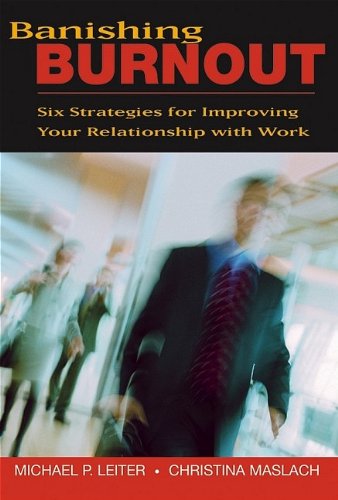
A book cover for Banishing Burnout: Six Strategies for Improving Your Relationship with Work; Michael P. Leiter; Business & Money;